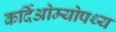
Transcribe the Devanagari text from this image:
कर्दिओम्योपथ्य